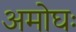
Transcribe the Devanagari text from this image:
अमोघः